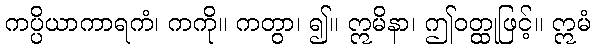
ကပ္ပိယာကာရကံ၊ ကကို။ ကတွာ၊ ၍။ ဣမိနာ၊ ဤဝတ္ထုဖြင့်။ ဣမံ